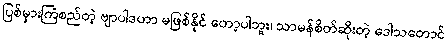
ပြစ်မှားကြံစည်တဲ့ ဗျာပါဒဟာ မဖြစ်နိုင် တော့ပါဘူး၊ သာမန်စိတ်ဆိုးတဲ့ ဒေါသတောင်